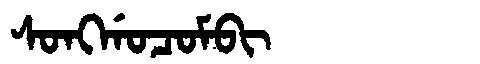
Manchu: ᠰᠣᠩᡤᠣᠴᠣᠮᠪᡳ
Romanization: SONGGOCOMBI